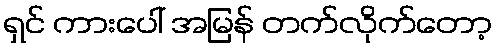
ရှင် ကားပေါ် အမြန် တက်လိုက်တော့